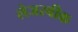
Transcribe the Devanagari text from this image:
लेजरबीक